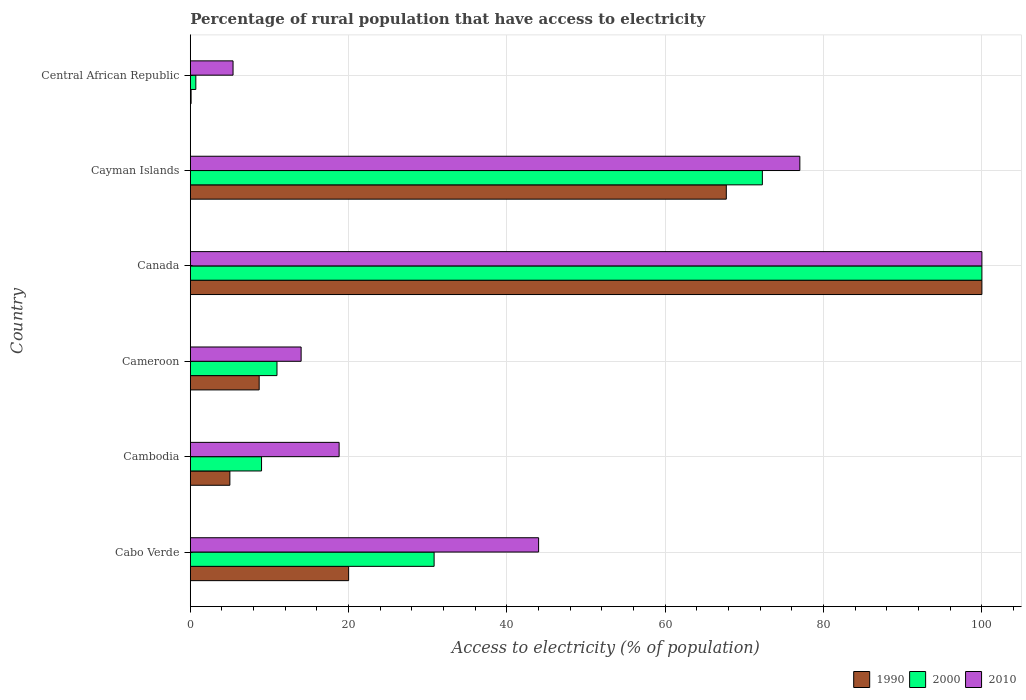
| Country | 1990 | 2000 | 2010 |
 | --- | --- | --- | --- |
 | Cabo Verde | 20 | 30.8 | 44 |
 | Cambodia | 5 | 9 | 18.8 |
 | Cameroon | 8.7 | 11 | 14 |
 | Canada | 100 | 100 | 100 |
 | Cayman Islands | 67.7 | 72.3 | 77 |
 | Central African Republic | 0.1 | 0.7 | 5.4 |